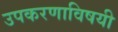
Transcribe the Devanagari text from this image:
उपकरणाविषयी